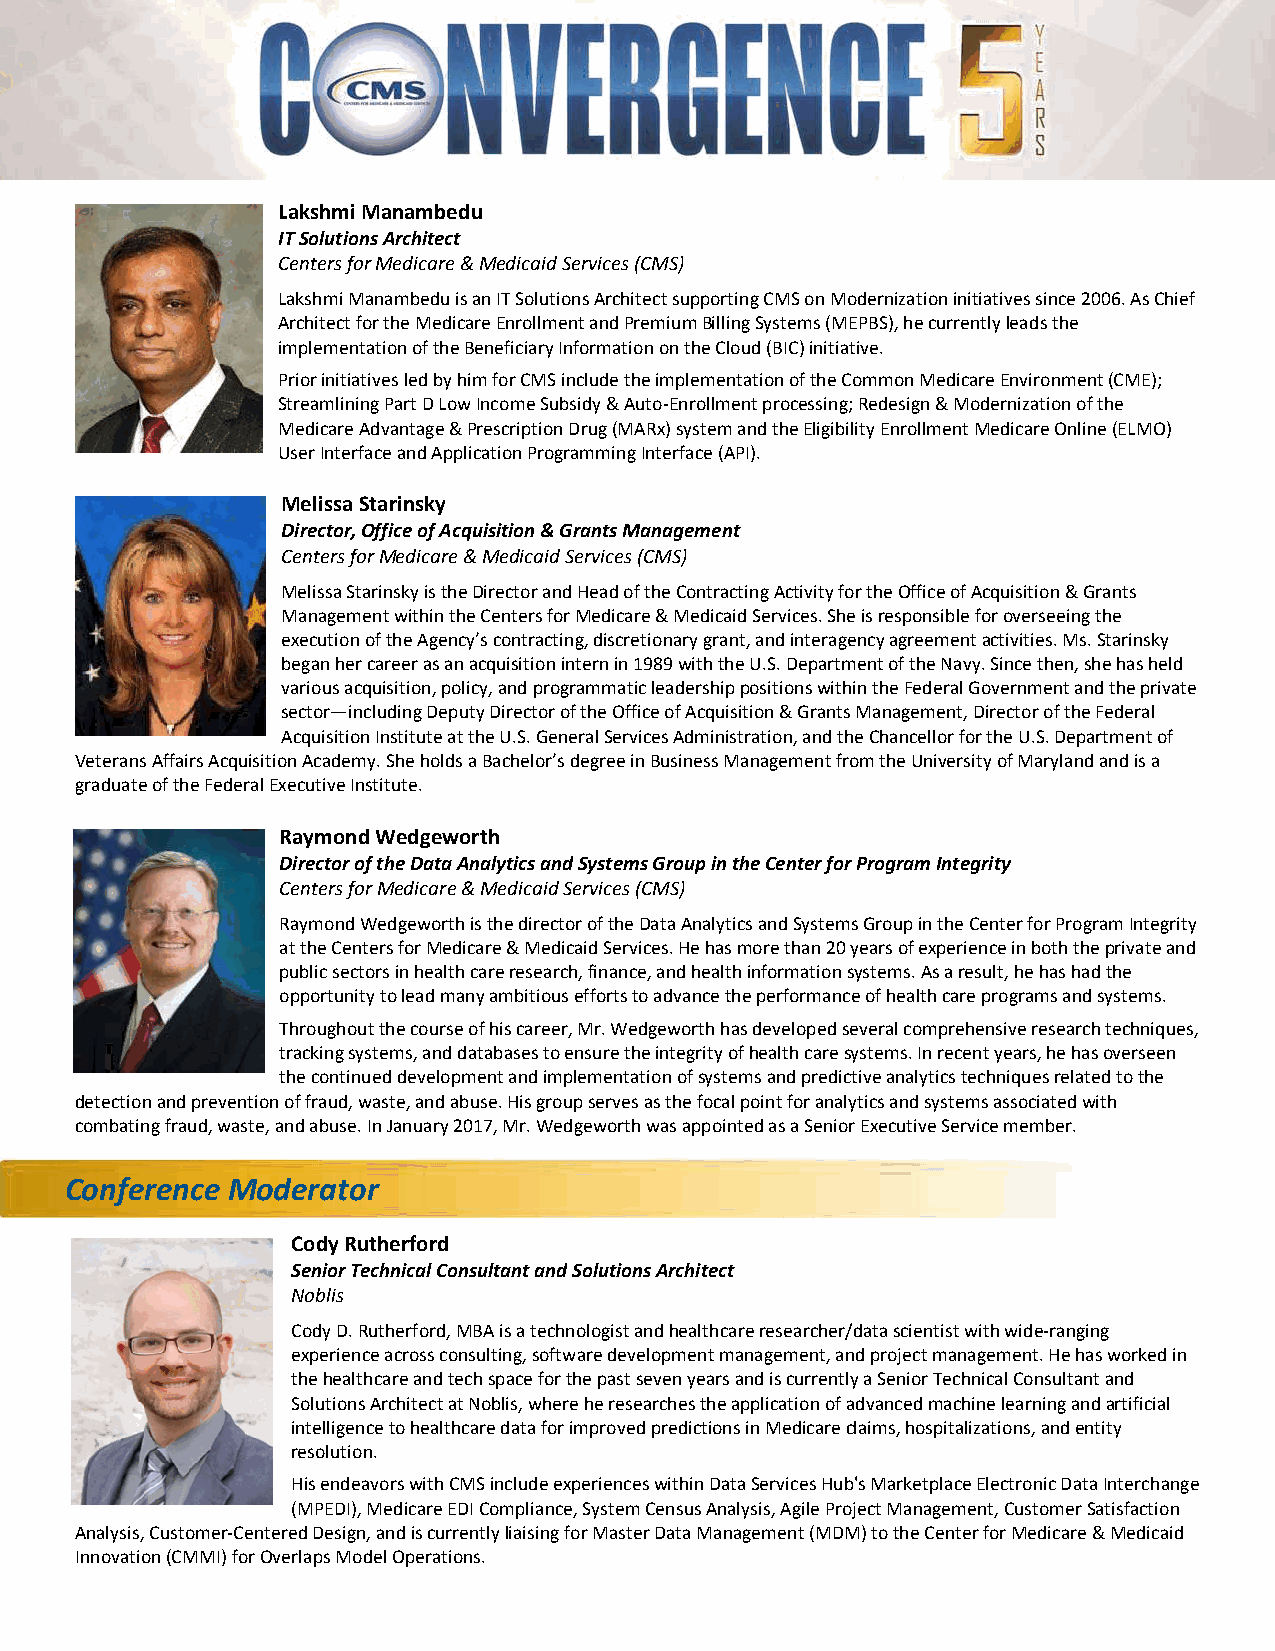
Lakshmi Manambedu
 IT Solutions Architect
 Centers for Medicare & Medicaid Services (CMS)
 Lakshmi Manambedu is an IT Solutions Architect supporting CMS on Modernization initiatives since 2006. As Chief
 Architect for the Medicare Enrollment and Premium Billing Systems (MEPBS), he currently leads the
 implementation of the Beneficiary Information on the Cloud (BIC) initiative.
 Prior initiatives led by him for CMS include the implementation of the Common Medicare Environment (CME);
 Streamlining Part D Low Income Subsidy & Auto‐Enrollment processing; Redesign & Modernization of the
 Medicare Advantage & Prescription Drug (MARx) system and the Eligibility Enrollment Medicare Online (ELMO)
 User Interface and Application Programming Interface (API).
 Melissa Starinsky
 Director, Office of Acquisition & Grants Management
 Centers for Medicare & Medicaid Services (CMS)
 Melissa Starinsky is the Director and Head of the Contracting Activity for the Office of Acquisition & Grants
 Management within the Centers for Medicare & Medicaid Services. She is responsible for overseeing the
 execution of the Agency’s contracting, discretionary grant, and interagency agreement activities. Ms. Starinsky
 began her career as an acquisition intern in 1989 with the U.S. Department of the Navy. Since then, she has held
 various acquisition, policy, and programmatic leadership positions within the Federal Government and the private
 sector—including Deputy Director of the Office of Acquisition & Grants Management, Director of the Federal
 Acquisition Institute at the U.S. General Services Administration, and the Chancellor for the U.S. Department of
 Veterans Affairs Acquisition Academy. She holds a Bachelor’s degree in Business Management from the University of Maryland and is a
 graduate of the Federal Executive Institute.
 Raymond Wedgeworth
 Director of the Data Analytics and Systems Group in the Center for Program Integrity
 Centers for Medicare & Medicaid Services (CMS)
 Raymond Wedgeworth is the director of the Data Analytics and Systems Group in the Center for Program Integrity
 at the Centers for Medicare & Medicaid Services. He has more than 20 years of experience in both the private and
 public sectors in health care research, finance, and health information systems. As a result, he has had the
 opportunity to lead many ambitious efforts to advance the performance of health care programs and systems.
 Throughout the course of his career, Mr. Wedgeworth has developed several comprehensive research techniques,
 tracking systems, and databases to ensure the integrity of health care systems. In recent years, he has overseen
 the continued development and implementation of systems and predictive analytics techniques related to the
 detection and prevention of fraud, waste, and abuse. His group serves as the focal point for analytics and systems associated with
 combating fraud, waste, and abuse. In January 2017, Mr. Wedgeworth was appointed as a Senior Executive Service member.
 Conference Moderator
 Cody Rutherford
 Senior Technical Consultant and Solutions Architect
 Noblis
 Cody D. Rutherford, MBA is a technologist and healthcare researcher/data scientist with wide‐ranging
 experience across consulting, software development management, and project management. He has worked in
 the healthcare and tech space for the past seven years and is currently a Senior Technical Consultant and
 Solutions Architect at Noblis, where he researches the application of advanced machine learning and artificial
 intelligence to healthcare data for improved predictions in Medicare claims, hospitalizations, and entity
 resolution.
 His endeavors with CMS include experiences within Data Services Hub's Marketplace Electronic Data Interchange
 (MPEDI), Medicare EDI Compliance, System Census Analysis, Agile Project Management, Customer Satisfaction
 Analysis, Customer‐Centered Design, and is currently liaising for Master Data Management (MDM) to the Center for Medicare & Medicaid
 Innovation (CMMI) for Overlaps Model Operations.